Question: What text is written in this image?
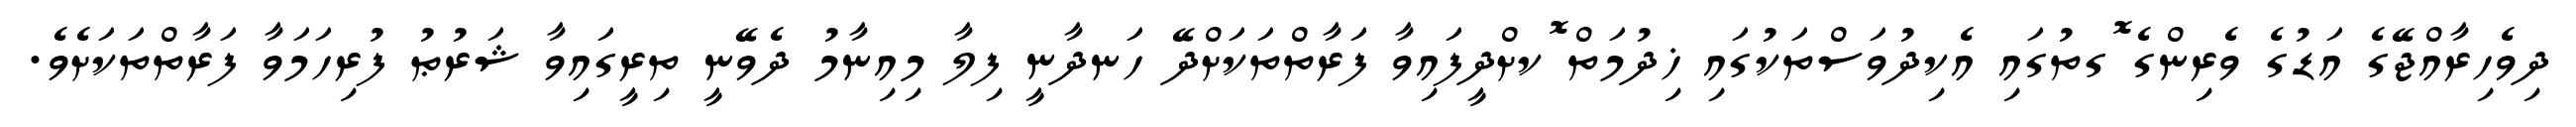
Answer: ދިވެހިރާއްޖޭގެ އަޑުގެ ވެރިންގެ ޮގތުގައި އެކިދުވަސްތަކުގައި ޚިދުމަތް ޮކށްދީފައިވާ ފަރާތްތަކަށްދޭ ހަނދާނީ ފިލާ މިއިނާމު ދެވޭނީ ތިރީގައިވާ ޝަރުޠު ފުރިހަމަވާ ފަރާތްތަކަށެވެ.